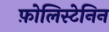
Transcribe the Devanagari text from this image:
फ़ोलिस्टेनिन